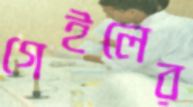
গেইলের